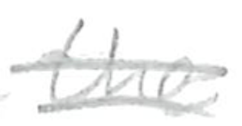
Text: the
Cross-out: double-line
Writing tool: pencil